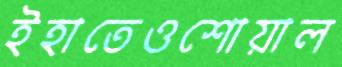
ইহাতেওশোয়াল